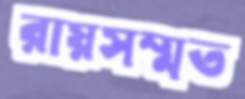
রায়সম্মত